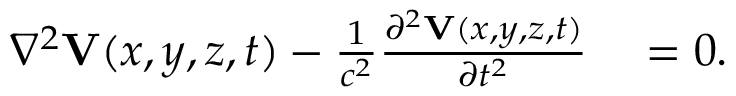
\begin{array} { r l } { \nabla ^ { 2 } { \mathbf V } ( x , y , z , t ) - \frac { 1 } { c ^ { 2 } } \frac { \partial ^ { 2 } { \mathbf V } ( x , y , z , t ) } { \partial t ^ { 2 } } } & { { } = 0 . } \end{array}